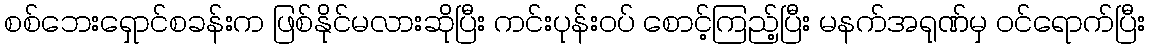
စစ်ဘေးရှောင်စခန်းက ဖြစ်နိုင်မလားဆိုပြီး ကင်းပုန်းဝပ် စောင့်ကြည့်ပြီး မနက်အရုဏ်မှ ဝင်ရောက်ပြီး